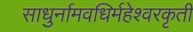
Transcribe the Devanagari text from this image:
साधुर्नामवधिर्महेश्‍वरकृती